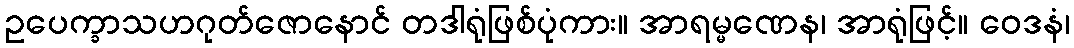
ဥပေက္ခာသဟဂုတ်ဇောနောင် တဒါရုံဖြစ်ပုံကား။ အာရမ္မဏေန၊ အာရုံဖြင့်။ ဝေဒနံ၊